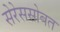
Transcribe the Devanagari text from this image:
सेरेससोबत